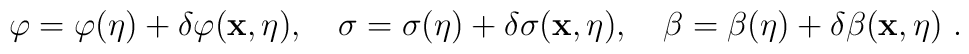
\varphi = \varphi(\eta) + \delta \varphi ({\bf x},\eta), ~~~\sigma = \sigma(\eta)+ \delta \sigma ({\bf x},\eta), ~~~\beta = \beta (\eta) + \delta \beta({\bf x},\eta) \ .